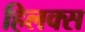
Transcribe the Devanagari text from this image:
हिलक्स